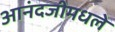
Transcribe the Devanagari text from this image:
आनंदजीमधले